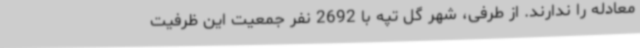
معادله را ندارند. از طرفی، شهر گل تپه با 2692 نفر جمعیت این ظرفیت